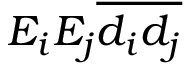
E _ { i } E _ { j } \overline { { d _ { i } d _ { j } } }